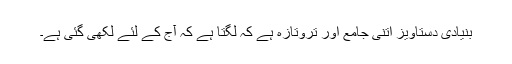
بنیادی دستاویز اتنی جامع اور تروتازہ ہے کہ لگتا ہے کہ آج کے لئے لکھی گئی ہے۔